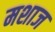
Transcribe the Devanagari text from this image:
मशाज